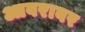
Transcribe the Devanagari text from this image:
आवरावर